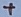
Text: +